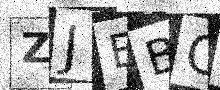
Text: ZJEBG6